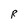
Character: R